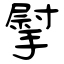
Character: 𢲴